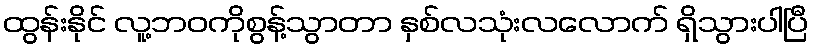
ထွန်းနိုင် လူ့ဘဝကိုစွန့်သွာတာ နှစ်လသုံးလလောက် ရှိသွားပါပြီ